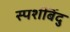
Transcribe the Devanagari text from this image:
स्पर्शबिंदु